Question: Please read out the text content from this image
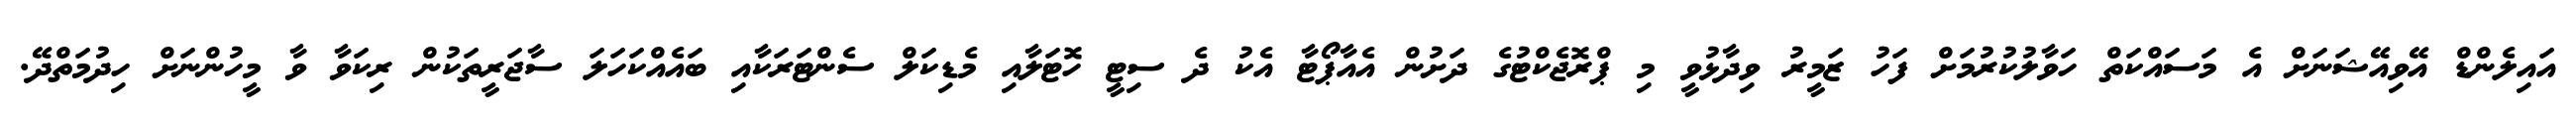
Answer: އައިލެންޑް އޭވިއޭޝަނަށް އެ މަސައްކަތް ހަވާލުކުރުމަށް ފަހު ޒަމީރު ވިދާޅުވީ މި ޕްރޮޖެކްޓުގެ ދަށުން އެއާޕޯޓާ އެކު ދެ ސިޓީ ހޮޓަލާއި މެޑިކަލް ސެންޓަރަކާއި ބައެއްކަހަލަ ސާޖަރީތަކުން ރިކަވާ ވާ މީހުންނަށް ހިދުމަތްދޭ.